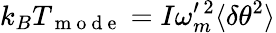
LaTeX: k_{B}T_{\mathrm{~m~o~d~e~}}=I\omega_{m}^{\prime\, 2}\langle\delta\theta^{2}\rangle